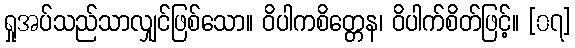
ရှုအပ်သည်သာလျှင်ဖြစ်သော။ ဝိပါကစိတ္တေန၊ ဝိပါက်စိတ်ဖြင့်။ [၀၇]